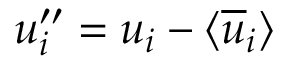
u _ { i } ^ { \prime \prime } = u _ { i } - \langle \overline { { u } } _ { i } \rangle